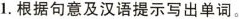
1.根据句意及汉语提示写出单词.。